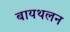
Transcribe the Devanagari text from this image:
बायथलन